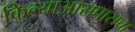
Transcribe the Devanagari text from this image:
किल्याआसपासचा